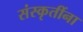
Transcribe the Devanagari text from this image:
संस्कृतींना